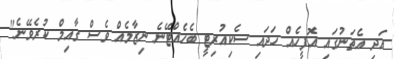
އަދި އެތަނުގައި އޮފީހެއް ހަދައި ސެކިއުރިޓީ ބެހެއްޓޭނެ ނިޒާމެއް ވެސް ގާއިމް ކުރެވޭނެ"